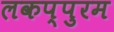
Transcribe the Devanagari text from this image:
लकप्पुरम